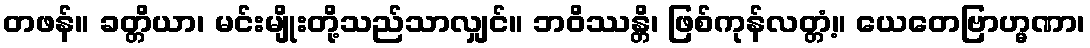
တဖန်။ ခတ္တိယာ၊ မင်းမျိုးတို့သည်သာလျှင်။ ဘဝိဿန္တိ၊ ဖြစ်ကုန်လတ္တံ့။ ယေတေဗြာဟ္မဏာ၊